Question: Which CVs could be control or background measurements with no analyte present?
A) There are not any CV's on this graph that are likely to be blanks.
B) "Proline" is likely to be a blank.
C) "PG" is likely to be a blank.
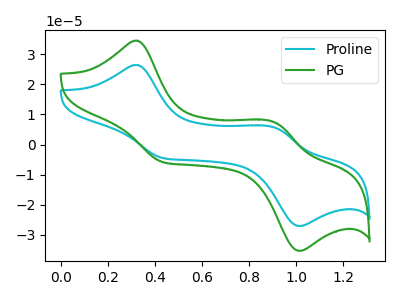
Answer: <think>The cyan curve "Proline" has anodic peaks at (0.30V, 26.45uA) (0.90V, 5.60uA) and cathodic peaks at (0.45V, -4.45uA) (1.00V, -27.05uA). The green curve "PG" has anodic peaks at (0.30V, 34.50uA) (0.90V, 7.35uA) and cathodic peaks at (0.45V, -5.85uA) (1.00V, -35.30uA).</think>
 <answer>A) There are not any CV's on this graph that are likely to be blanks.</answer>
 <eval>A</eval>